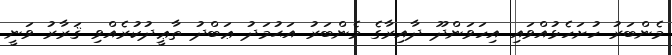
މެންބަރު ހުށަހެޅުއްވައި އިހަވަންދޫ ދާއިރާގެ މެންބަރު އަޙުމަދު ޢަބްދު ތާޢީދުކުރެއްވި ޤަރާރު ވަނީ